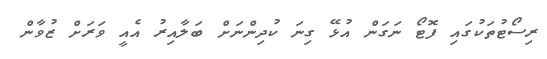
ރިސޯޓުތަކުގައި ފޮޓޯ ނަގަން އުޅޭ ގިނަ ކުދިންނަށް ބަލާއިރު އެއީ ވަރަށް ޒުވާން